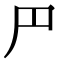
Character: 𠃜